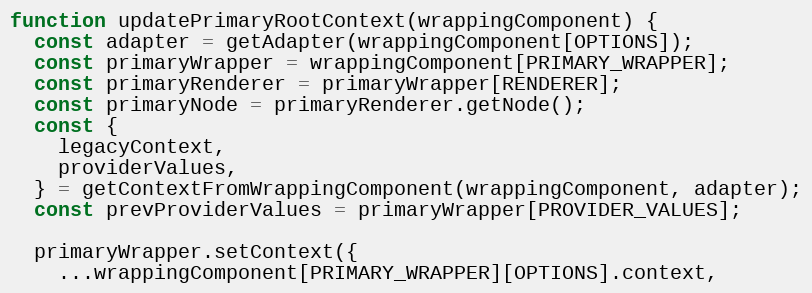
Language: JavaScript
function updatePrimaryRootContext(wrappingComponent) {
  const adapter = getAdapter(wrappingComponent[OPTIONS]);
  const primaryWrapper = wrappingComponent[PRIMARY_WRAPPER];
  const primaryRenderer = primaryWrapper[RENDERER];
  const primaryNode = primaryRenderer.getNode();
  const {
    legacyContext,
    providerValues,
  } = getContextFromWrappingComponent(wrappingComponent, adapter);
  const prevProviderValues = primaryWrapper[PROVIDER_VALUES];

  primaryWrapper.setContext({
    ...wrappingComponent[PRIMARY_WRAPPER][OPTIONS].context,